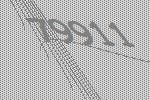
79911